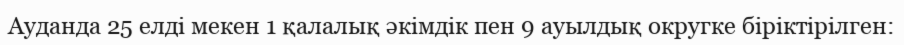
Ауданда 25 елді мекен 1 қалалық әкімдік пен 9 ауылдық округке біріктірілген: